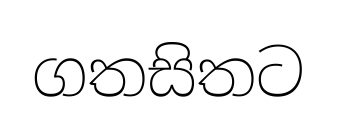
ගතසිතට